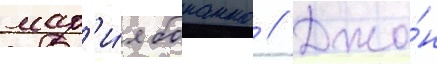
мар'и́я бонанно // Джо́н